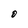
Character: O